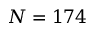
N = 1 7 4